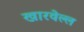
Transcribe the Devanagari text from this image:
खारवेल्ल